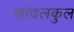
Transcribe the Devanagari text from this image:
कांदलकुल